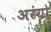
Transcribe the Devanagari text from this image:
अरंगो